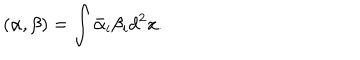
( \alpha , \beta ) = \int \bar { \alpha } _ { i } \beta _ { i } d ^ { 2 } x .